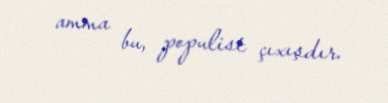
amma bu, populist çıxışdır.